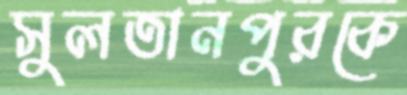
সুলতানপুরকে